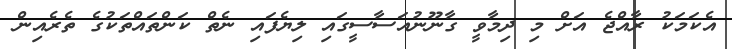
އެކަމަކު ރާއްޖެ އަށް މި ދިމާވީ ގާނޫނުއަސާސީގައި ލިޔެފައި ނެތް ކަންތައްތަކުގެ ތެރެއިން